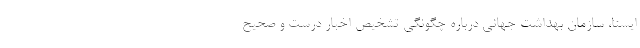
ایسنا، سازمان بهداشت جهانی درباره چگونگی تشخیص اخبار درست و صحیح